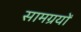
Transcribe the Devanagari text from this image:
सामग्रयों